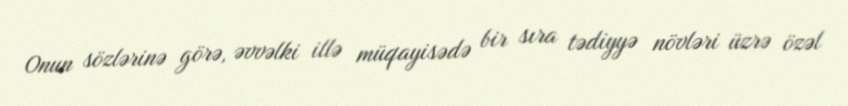
Onun sözlərinə görə, əvvəlki illə müqayisədə bir sıra tədiyyə növləri üzrə özəl